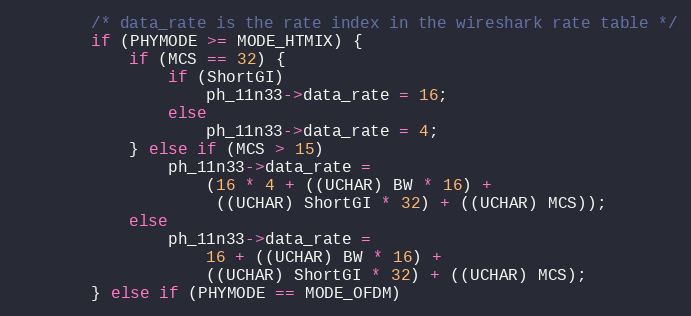
Language: C
		/* data_rate is the rate index in the wireshark rate table */
		if (PHYMODE >= MODE_HTMIX) {
			if (MCS == 32) {
				if (ShortGI)
					ph_11n33->data_rate = 16;
				else
					ph_11n33->data_rate = 4;
			} else if (MCS > 15)
				ph_11n33->data_rate =
				    (16 * 4 + ((UCHAR) BW * 16) +
				     ((UCHAR) ShortGI * 32) + ((UCHAR) MCS));
			else
				ph_11n33->data_rate =
				    16 + ((UCHAR) BW * 16) +
				    ((UCHAR) ShortGI * 32) + ((UCHAR) MCS);
		} else if (PHYMODE == MODE_OFDM)